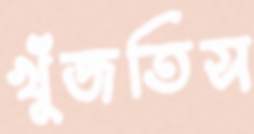
খুঁজতিস